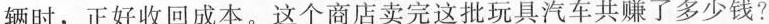
辆时，正好收回成本。这个商店卖完这批玩具汽车共赚了多少钱?